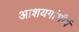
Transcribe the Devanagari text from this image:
आशयगांभीर्य